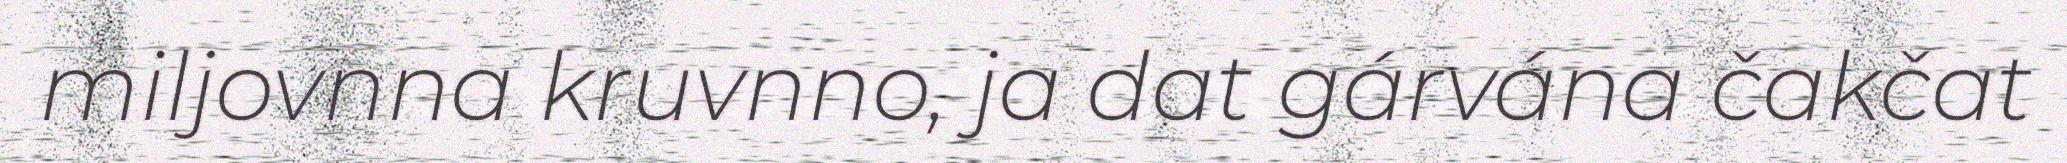
miljovnna kruvnno, ja dat gárvána čakčat